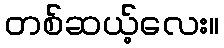
တစ်ဆယ့်လေး။